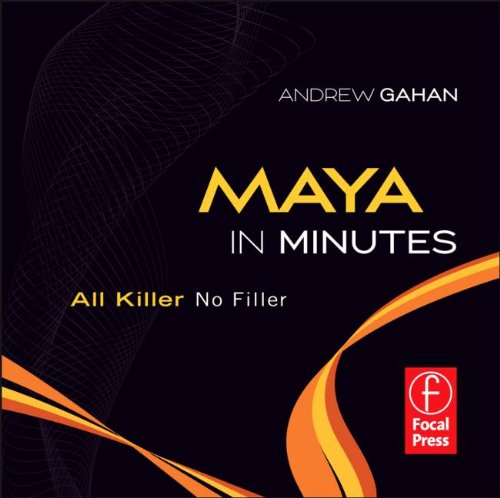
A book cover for Maya in Minutes: All Killer, No Filler; Andrew Gahan; Computers & Technology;